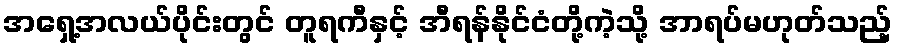
အရှေ့အလယ်ပိုင်းတွင် တူရကီနှင့် အီရန်နိုင်ငံတို့ကဲ့သို့ အာရပ်မဟုတ်သည့်